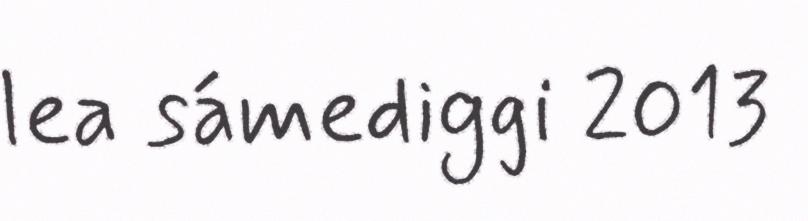
lea sámediggi 2013